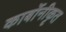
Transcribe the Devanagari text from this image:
कार्बोनीकृत